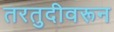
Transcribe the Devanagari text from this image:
तरतुदीवरून